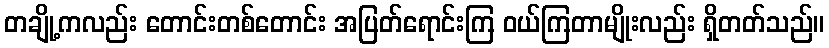
တချို့ကလည်း တောင်းတစ်တောင်း အပြတ်ရောင်းကြ ဝယ်ကြတာမျိုးလည်း ရှိတတ်သည်။